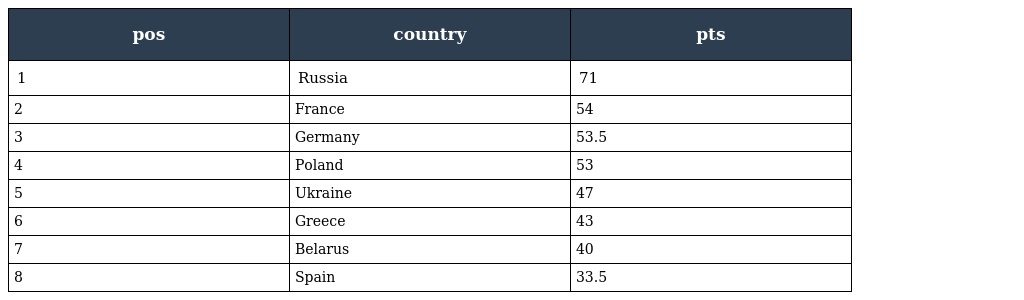
| pos | country | pts |
 | --- | --- | --- |
 | 1 | Russia | 71 |
 | 2 | France | 54 |
 | 3 | Germany | 53.5 |
 | 4 | Poland | 53 |
 | 5 | Ukraine | 47 |
 | 6 | Greece | 43 |
 | 7 | Belarus | 40 |
 | 8 | Spain | 33.5 |